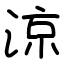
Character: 涼